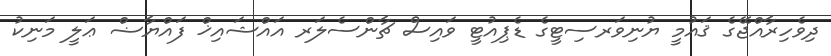
ދިވެހިރާއްޖޭގެ ޤައުމީ ޔުނިވަރސިޓީގެ ޑެޕިއުޓީ ވައިސް ޗާންސެލަރ އައްޝައިޚް ފައްޔާޟް ޢަލީ މަނިކު